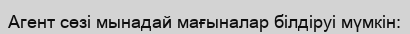
Агент сөзі мынадай мағыналар білдіруі мүмкін: